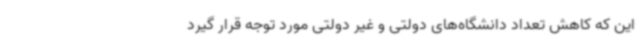
این که کاهش تعداد دانشگاه‌های دولتی و غیر دولتی مورد توجه قرار گیرد